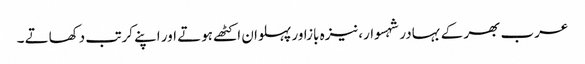
عرب بھر کے بہادر شہسوار،نیزہ بازاور پہلوان اکٹھے ہوتے اور اپنے کرتب دکھاتے ۔